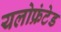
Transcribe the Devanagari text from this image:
यलोफ्रंटेड